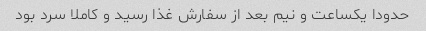
حدودا یکساعت و نیم بعد از سفارش غذا رسید و کاملا سرد بود